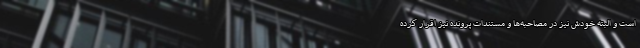
است و البته خودش نیز در مصاحبه‌ها و مستندات پرونده نیز اقرار کرده